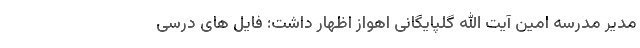
مدیر مدرسه امین آیت الله گلپایگانی اهواز اظهار داشت: فایل های درسی